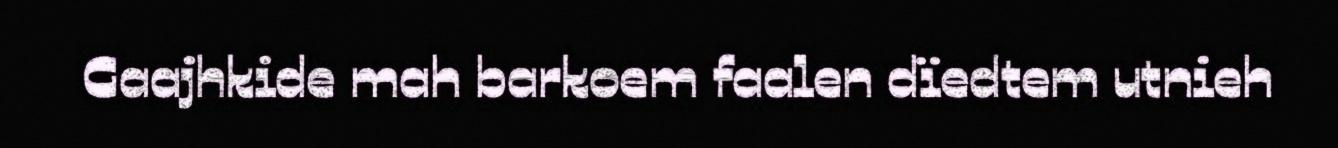
Gaajhkide mah barkoem faalen dïedtem utnieh